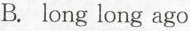
B. long long ago